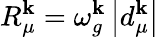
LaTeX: R_{\mu}^{\mathbf{k}}=\omega_{g}^{\mathbf{k}}\left|d_{\mu}^{\mathbf{k}}\right|